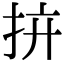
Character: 𢪴